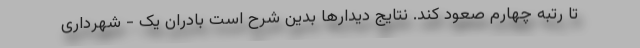
تا رتبه چهارم صعود کند. نتایج دیدارها بدین شرح است بادران یک - شهرداری